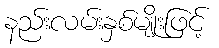
နည်းလမ်းနှစ်မျိုးဖြင့်